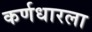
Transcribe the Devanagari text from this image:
कर्णधारला